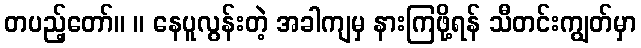
တပည့်တော်။ ။ နေပူလွန်းတဲ့ အခါကျမှ နားကြဖို့ရန် သီတင်းကျွတ်မှာ